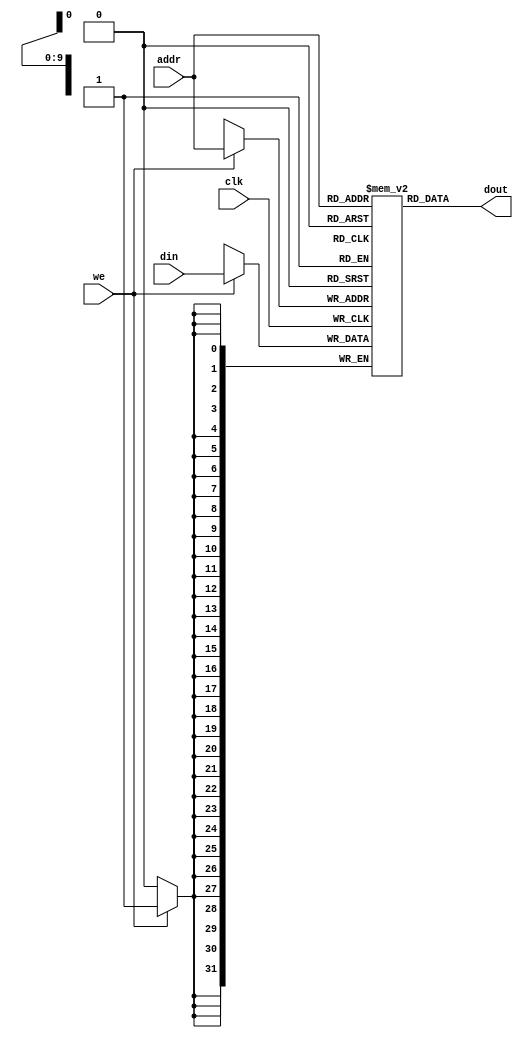
`timescale 1ns / 1ps
`timescale 1ns / 1ps
//////////////////////////////////////////////////////////////////////////////////
// Company: 
// Engineer: 
// 
// Design Name: 
// Module Name: DM
// Project Name: 
// Target Devices: 
// Tool Versions: 
// Description: 
// 
// Dependencies: 
// 
// Revision:
// Revision 0.01 - File Created
// Additional Comments:
// 
//////////////////////////////////////////////////////////////////////////////////



module dm_4k(
    input [11:2] addr,
    input [31:0] din,
    input we,
    input clk,
    output [31:0] dout
    );
    
    reg [31:0] dm [1023:0];
    
    assign dout = dm[addr];
    
    always @(posedge clk)
        if (we)
            dm[addr] = din;
endmodule